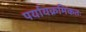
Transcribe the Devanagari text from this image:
पर्यायक्रमिकतः